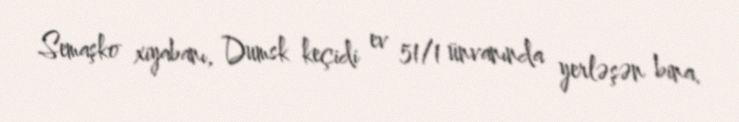
Semaşko xiyabanı, Dumsk keçidi ev 51/1 ünvanında yerləşən bina.